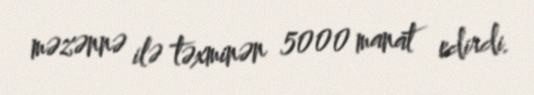
məzənnə ilə təxminən 5000 manat edirdi.